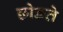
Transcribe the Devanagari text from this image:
छोङते